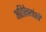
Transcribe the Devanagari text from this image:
अतिरेक्यांशी